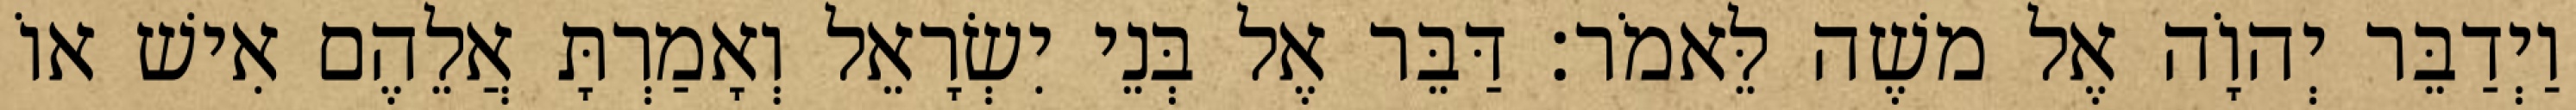
וַיְדַבֵּר יְהוָֹה אֶל משֶׁה לֵּאמֹר׃ דַּבֵּר אֶל בְּנֵי יִשְׂרָאֵל וְאָמַרְתָּ אֲלֵהֶם אִישׁ אוֹ